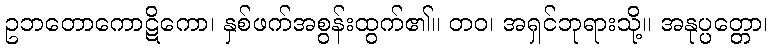
ဥဘတောကောဋိကော၊ နှစ်ဖက်အစွန်းထွက်၏။ တဝ၊ အရှင်ဘုရားသို့။ အနုပ္ပတ္တော၊